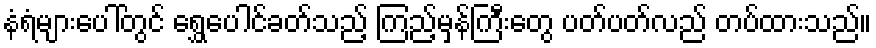
နံရံများပေါ်တွင် ရွှေပေါင်ခတ်သည့် ကြည့်မှန်ကြီးတွေ ပတ်ပတ်လည် တပ်ထားသည်။